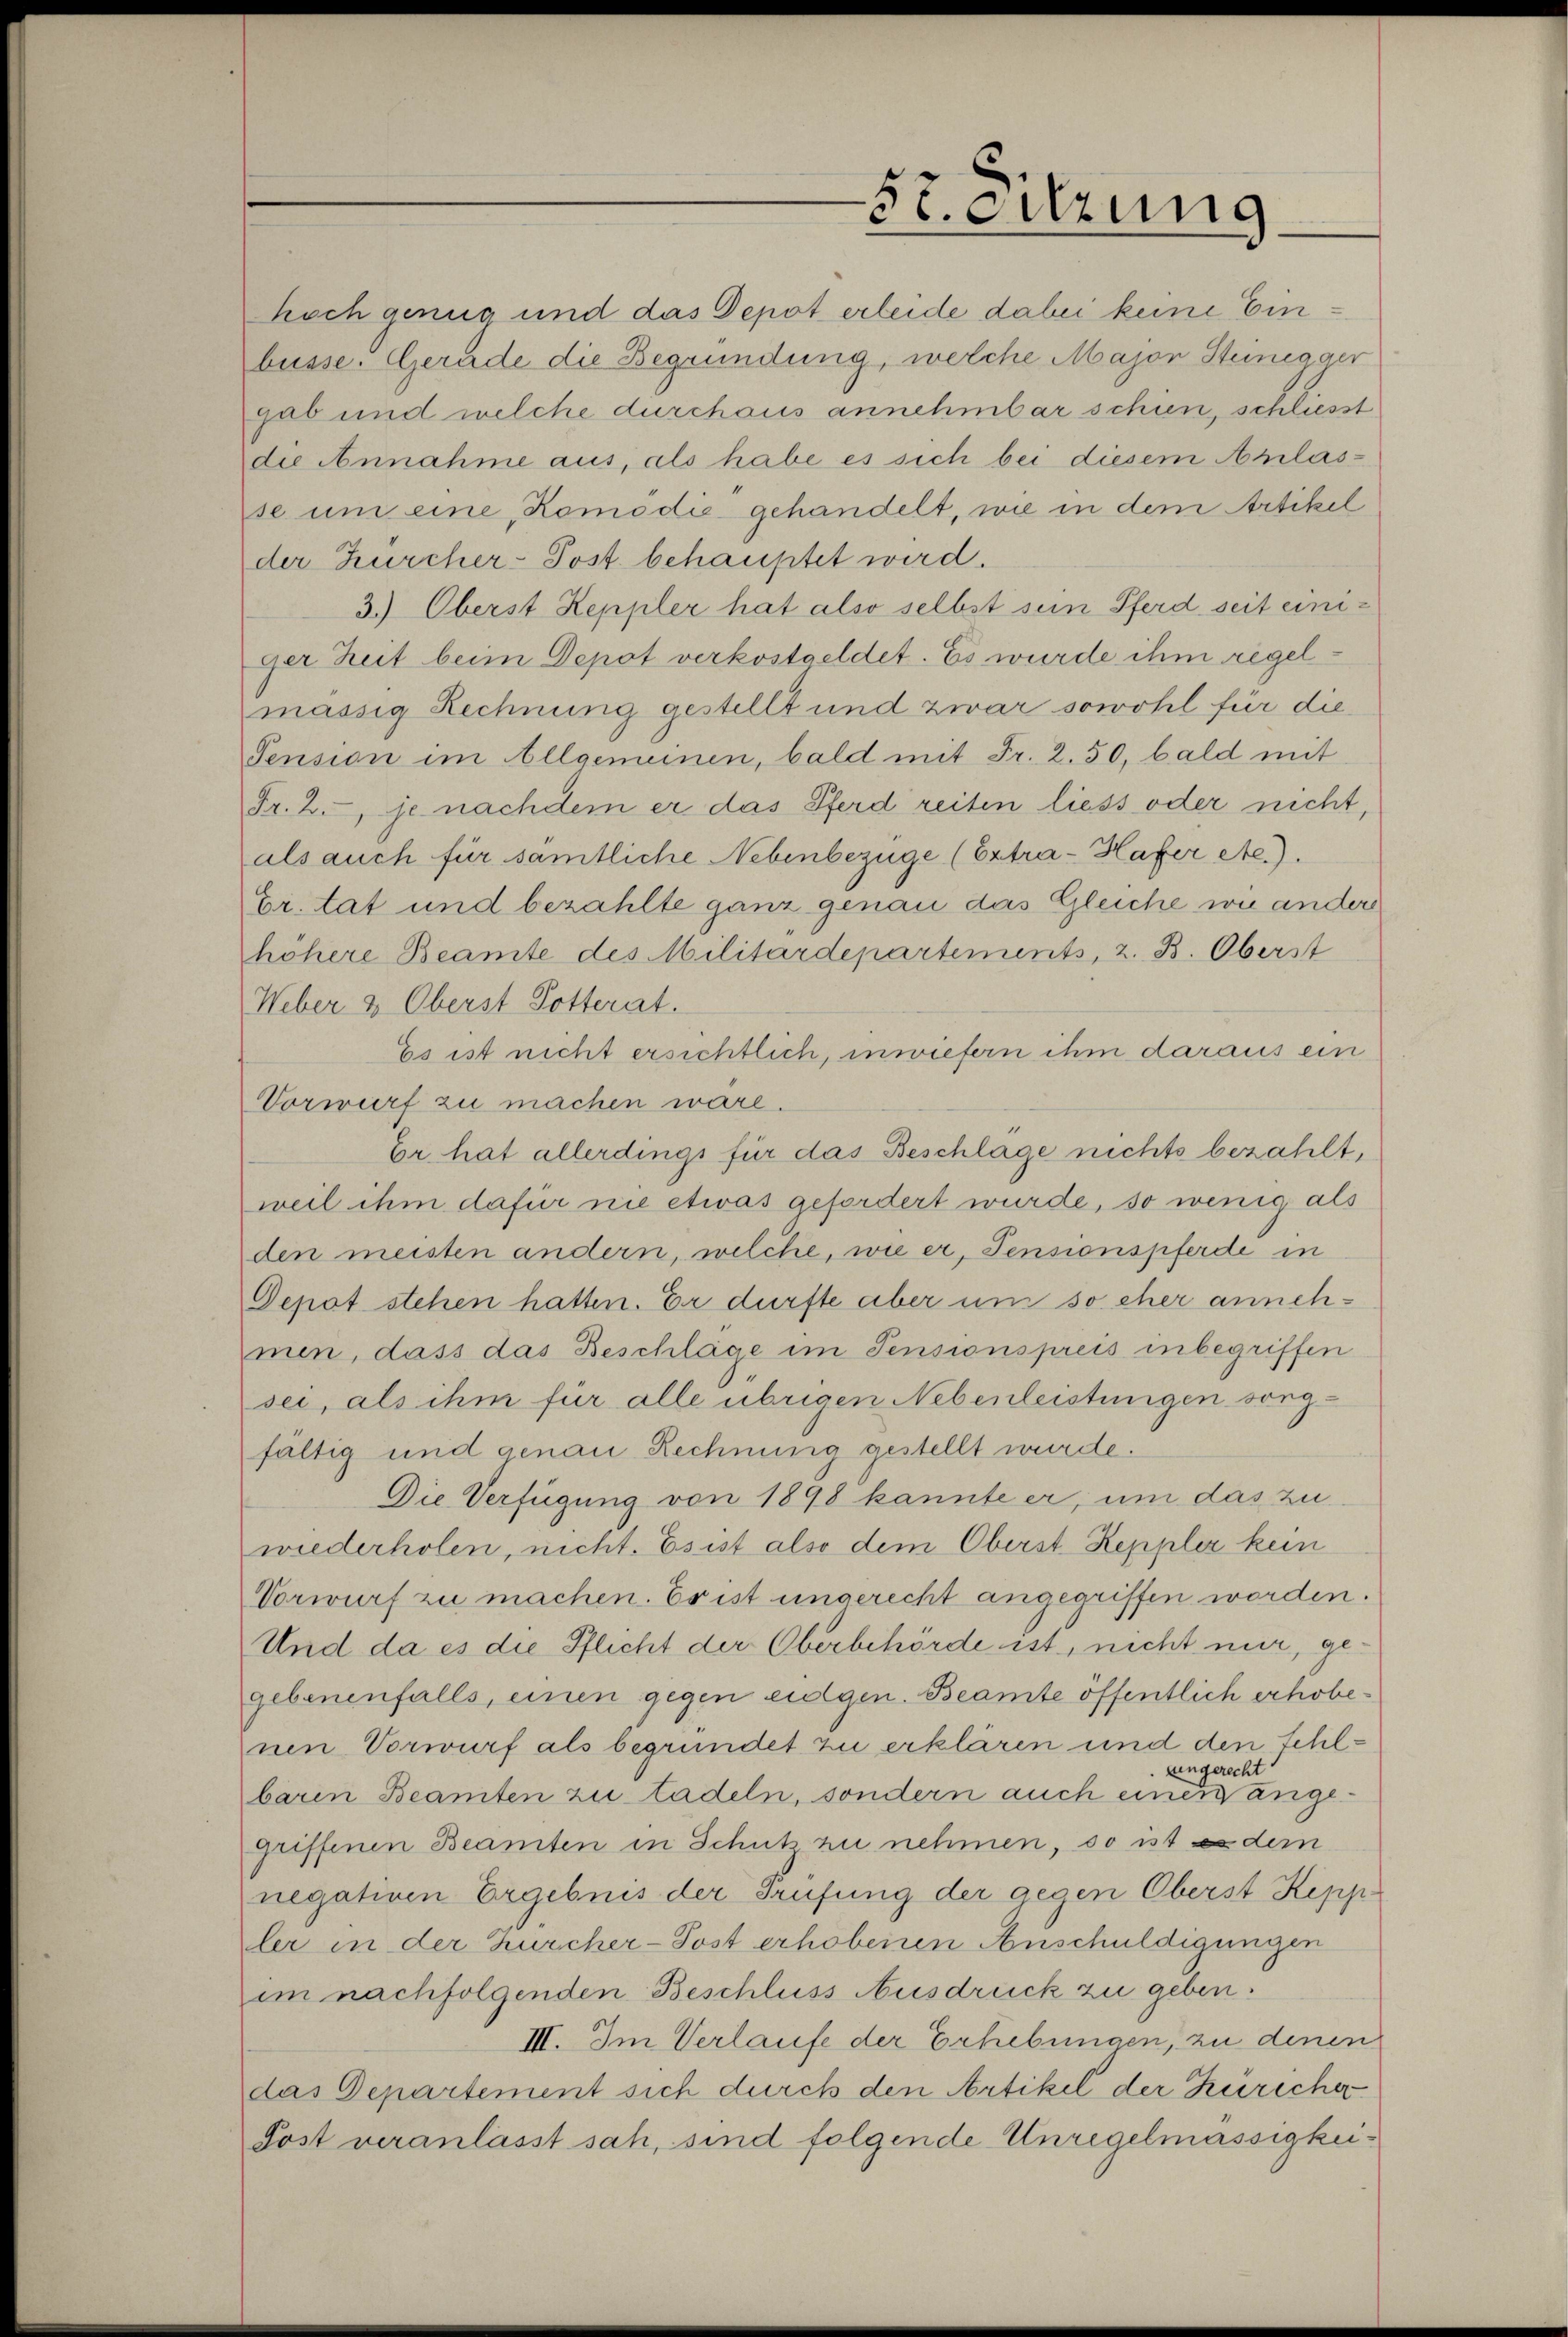
hoch genug und das Depot erleide dabei keine Einbüsse. Gerade die Begründung, welche Major Steinegger
gab und welche durchaus annehmbar schien, schliesst
die Annahme aus, als habe es sich bei diesem Anlasse um eine Komödie gehandelt, wie in dem Artikel
der Kurcher-Post behauptet wird.
3.) Oberst Keppler hat also selbst sein Pferd seit einiger Zeit beim Depot verkostgeldet. Es wurde ihm regelmässig Rechnung gestellt und zwar sowohl für die
Pension im Allgemeinen, bald mit Fr. 2. 50, bald mit
Fr. 2., je nachdem er das Pferd reiten liess oder nicht,
als auch für sämtliche Nebenbezüge (Extra-Hafer etc.).
Er. tat und bezahlte ganz genau das Gleiche wie andere
höhere Beamte des Militärdepartements, z. B. Oberst
Weber & Oberst Dotterat.
Es ist nicht ersichtlich, inwiefern ihm daraus ein
Vorwurf zu machen wäre.
Er. hat allerdings für das Beschlage nichts bezahlt,
weil ihm dafür nie etwas gefordert wurde, so wenig als
den meisten andern, welche, wie er, Pensionspferde in
Depot stehen hatten. Er dürfte aber um so eher annehmen, dass das Beschläge im Pensionspreis inbegriffen
sei, als ihm für alle übrigen Nebenleistungen sorgfältig und genau Rechnung gestellt wurde.
Die Verfügung von 1898 kannte er, um das zu
wiederholen, nicht. Es ist also dem Oberst- Reppler kein
Vorwurf zu machen. Es ist ungerecht angegriffen worden.
Und da es die Pflicht der Oberbehörde ist, nicht nur, gegebenenfalls, einen gegen eidgen. Beamte öffentlich erhobenen Vorwurf als begründet zu erklären und den Fehluingerecht.
baren Beamten zu tadeln, sondern auch einen angegriffenen Beamten in Schutz zu nehmen, so ist es dem
negativen Ergebnis der Prüfung der gegen Oberst Kepp
ler in der Zürcher-Post erhobenen Anschuldigungen
im nachfolgenden Beschluss Ausdrück zu geben.
III. Im Verlaufe der Erhebungen, zu denen
das Departement sich durch den Artikel der Züricher
Post veranlasst sah, sind folgende Unregelmässigkei¬

5t. Sitzung